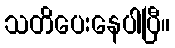
သတိပေးနေပါပြီ။